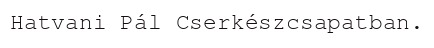
Hatvani Pál Cserkészcsapatban.